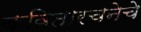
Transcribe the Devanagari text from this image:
कवितारचनेचे